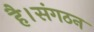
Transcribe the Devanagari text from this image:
है।संगठन